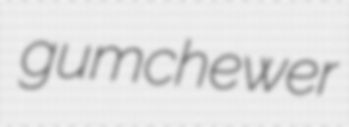
gumchewer